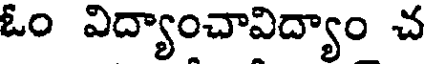
ఓం విద్యాంచావిద్యాం చ